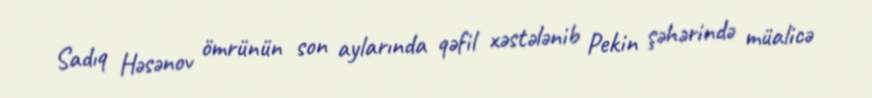
Sadıq Həsənov ömrünün son aylarında qəfil xəstələnib Pekin şəhərində müalicə